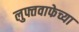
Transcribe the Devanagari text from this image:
लुफ्तवाफेच्या